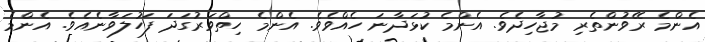
އެންމެ ރޭވުންތެރި މުޖާހިދެވެ. އެންމެ ކުޅަދާނަ ހެއްވެވެ. އެންމެ ހިތްވަރުގަދަ ފަހުލަވާނެއެވެ. އެންމެ